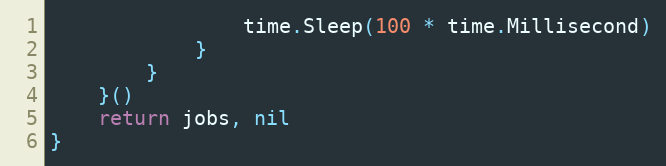
Language: Go
				time.Sleep(100 * time.Millisecond)
			}
		}
	}()
	return jobs, nil
}